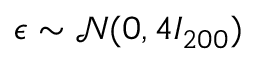
\epsilon \sim \mathcal { N } ( 0 , 4 I _ { 2 0 0 } )